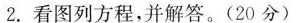
2.看图列方程，并解答。(20分)